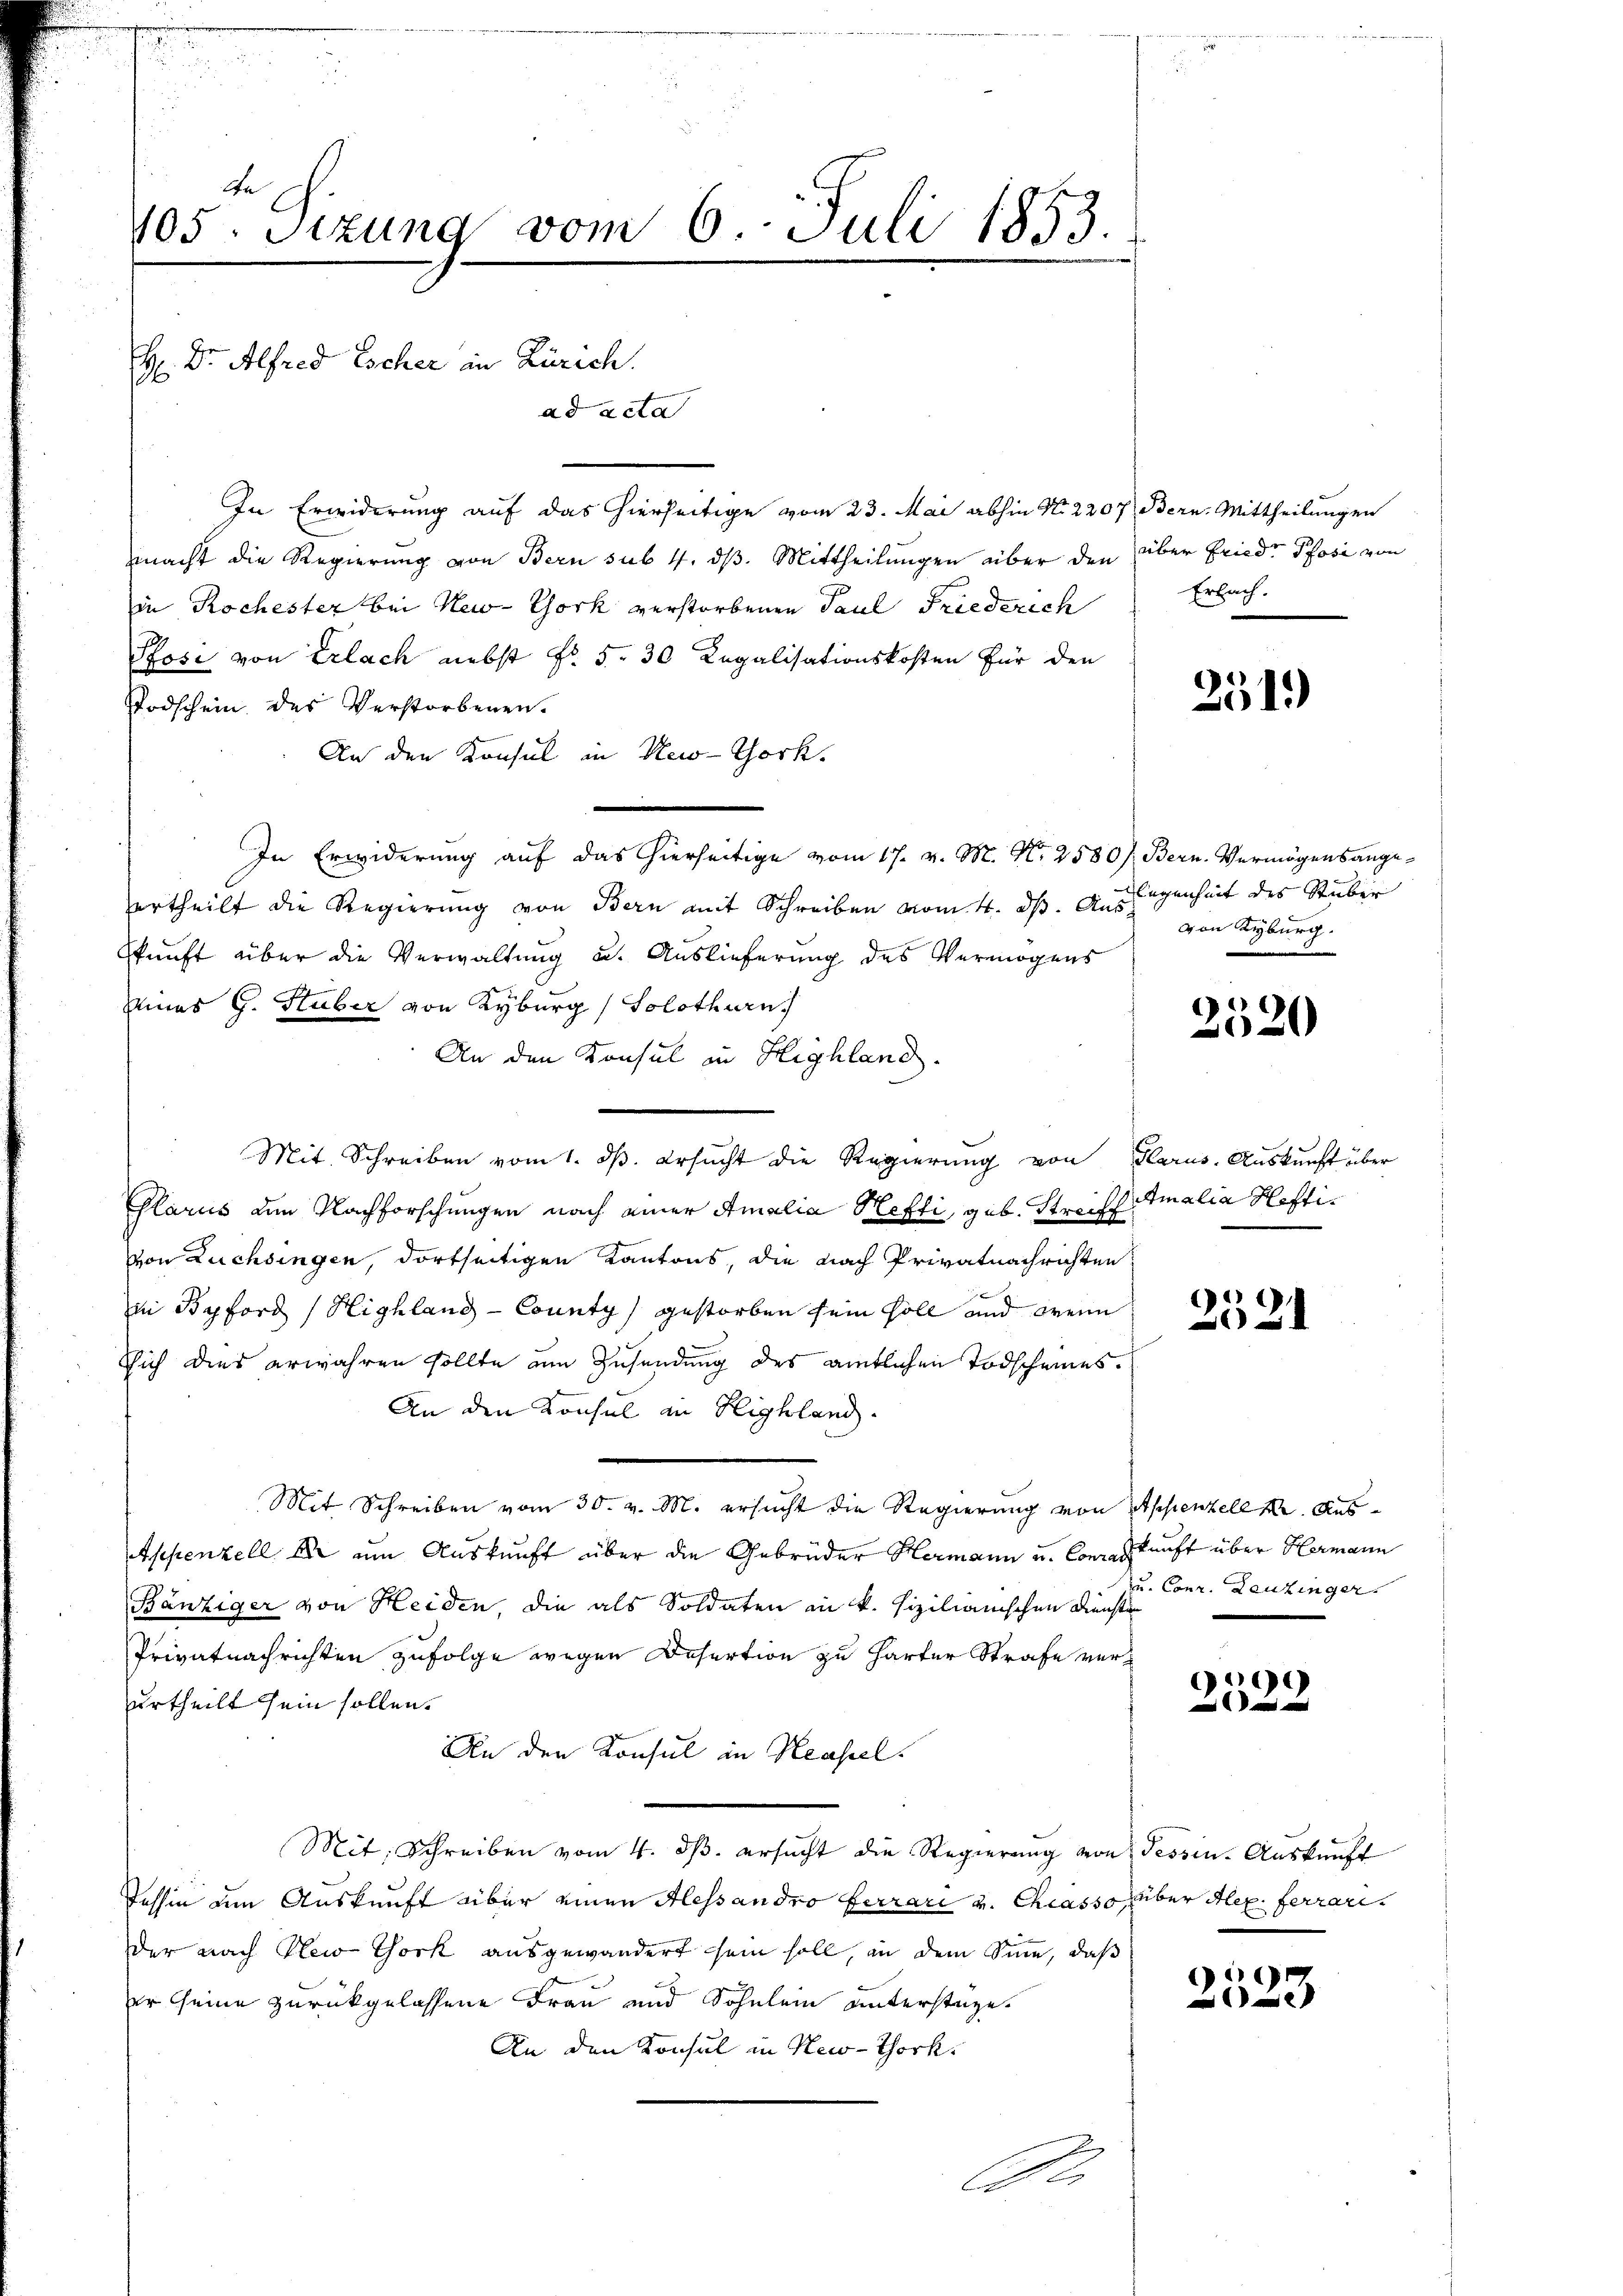
105. Sizung vom 6. Juli 1853.

In Erwiderung auf das hierseitige vom 23. Mai abhin No. 2207 Bern. Mittheilungen
macht die Regierung von Bern sub. 4. ds. Mittheilungen über den über Fried. Pfosi von
in Rochester bei New-York verstorbenen Paul Friederich
Sosi von Erlach nebst No. 5. 30 Legalisationskosten für den
Todschein des Verstorbenen.
An den Konsul in New-York,
In Erwiderung auf das hierseitige vom 17. v. M. N. 2580) Bern. Vermögensangeertheilt die Regierung von Bern mit Schreiben vom 4. ds. Ausgegenheit des Stuber
kunft über die Verwaltung u. Auslieferung des Vermögens
Eines G. Stuber von Kyburg (Solothurn
An den Konsul in Highland.
Mit Schreiben vom 1. ds. ersucht die Regierung von Glarus, Auskunft über
Glarus am Nachforschungen nach einer Amalia Hefti, geb. Streiff Amalia Heftivon Lüchsingen, dortseitigen Kantons, die nach Privatnachrichten
in Beford (Highlang-County) gestorben sein soll und wenn
Dich dies erwahren sollte am Zusendung des amtlichen Todscheines.
An den Konsul in Highland
Mit Schreiben vom 30. v. M. ersucht die Regierung von Appenzell I. Aus¬
Appenzell er um Auskunft über die Gebrüder Hermann u. Conraskunft über Hermann
Bänziger von Heiden, die als Soldaten in k. Fizilianischen Dienste
Privatnachrichten zufolge wegen Desertion zu harter Strafe verurtheilt sein sollen.
An den Konsul in Heuseel.
Mit Schreiben vom 4. ds. ersucht die Regierung von Tessin. Auskunft
Tessin am Auskunft über einen Alessandro ferrari v. Chiasso über Alex. ferrarider nach New York ausgewandert sein soll, in dem Sinne, daß
er seine zurückgelassene Frau und Sohnlein unterstage.
An den Konsul in New-Thork
A.

H Dr. Alfred Escher in Zürich.
ad acta

Erlach.

251)

von Kyburg.

2520

1)
021

u. Conr. Leuzinger.

99
e

)
523